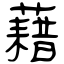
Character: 藉